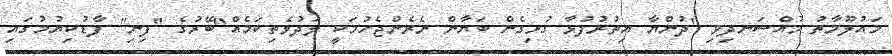
މައުލޫމާތު މުއްސަނދިވި "ދުންޔާ އިތުރުފުޅާ ގުޅިގެން ބަޔާން ނެރެންޖެހުމަކީ ލަދުވެތިކަމެއް"ބޭރުގެ "ފިނި" ފާޑުކިޔުމުގައި